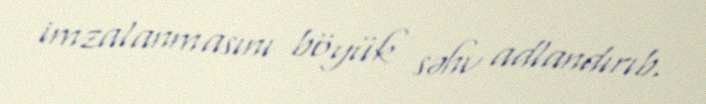
imzalanmasını böyük səhv adlandırıb.